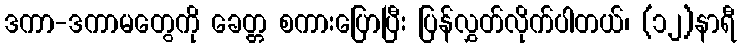
ဒကာ-ဒကာမတွေကို ခေတ္တ စကားပြောပြီး ပြန်လွှတ်လိုက်ပါတယ်၊ (၁၂)နာရီ